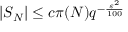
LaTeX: | S _ { N } | \leq c \pi ( N ) q ^ { - { \frac { \varepsilon ^ { 2 } } { 1 0 0 } } }